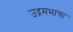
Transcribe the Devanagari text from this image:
उद्गमभाषा